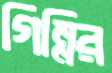
গিন্নির